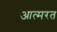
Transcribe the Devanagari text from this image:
आत्मरत